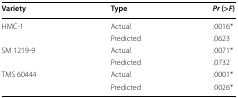
<table><thead><tr><td><b>Variety</b></td><td><b>Type</b></td><td><b><i>Pr</i> (&gt;<i>F</i>)</b></td></tr></thead><tbody><tr><td rowspan="2">HMC-1</td><td>Actual</td><td>.0016*</td></tr><tr><td>Predicted</td><td>.0623</td></tr><tr><td rowspan="2">SM 1219-9</td><td>Actual</td><td>.0071*</td></tr><tr><td>Predicted</td><td>.0732</td></tr><tr><td rowspan="2">TMS 60444</td><td>Actual</td><td>.0001*</td></tr><tr><td>Predicted</td><td>.0026*</td></tr></tbody></table>